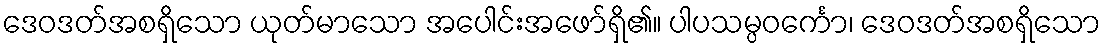
ဒေဝဒတ်အစရှိသော ယုတ်မာသော အပေါင်းအဖော်ရှိ၏။ ပါပသမ္ပဝင်္ကော၊ ဒေဝဒတ်အစရှိသော